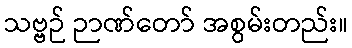
သဗ္ဗဉ် ဉာဏ်တော် အစွမ်းတည်း။